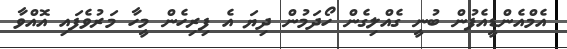
އެމްއެންޑީއެފުން ބުނީ ގެއްލިގެން ހޯދަމުން ދިޔަ އެ ފިރިހެން މީހާ މަރުވެފައި އޮއްވާ